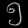
Digit: ၅